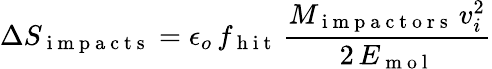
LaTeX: \Delta S_{\mathrm{~i~m~p~a~c~t~s~}}=\epsilon_{o}\, f_{\mathrm{~h~i~t~}}\, \frac{M_{\mathrm{~i~m~p~a~c~t~o~r~s~}}\, v_{i}^{2}}{2\, E_{\mathrm{~m~o~l~}}}